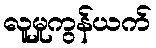
လူမှုကွန်ယက်